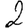
Digit: 2